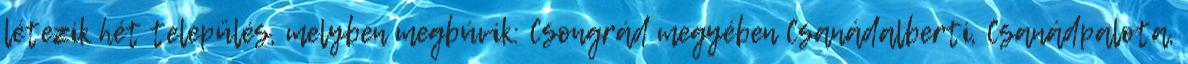
létezik hét település, melyben megbúvik: Csongrád megyében Csanádalberti, Csanádpalota,